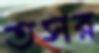
তসর